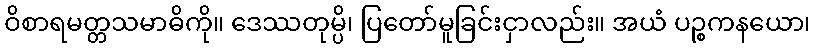
ဝိစာရမတ္တသမာဓိကို။ ဒေဿတုမ္ပိ၊ ပြတော်မူခြင်းငှာလည်း။ အယံ ပဉ္စကနယော၊